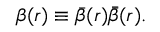
\beta ( r ) \equiv \bar { \beta } ( r ) \bar { \bar { \beta } } ( r ) .